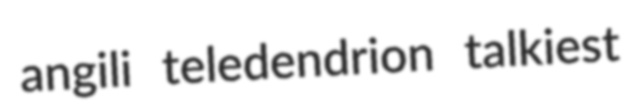
angili teledendrion talkiest